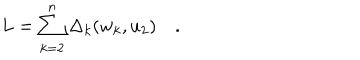
L = \sum _ { k = 2 } ^ { n } \Delta _ { k } ( w _ { k } , u _ { 2 } ) \quad .